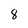
Character: 8